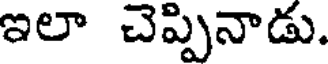
ఇలా చెప్పినాడు.